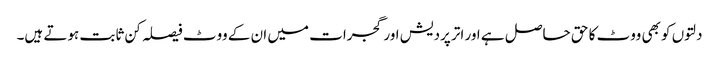
دلتوں کو بھی ووٹ کا حق حاصل ہے اور اتر پردیش اور گجرات میں ان کے ووٹ فیصلہ کن ثابت ہوتے ہیں۔